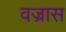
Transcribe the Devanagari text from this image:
वज्रास